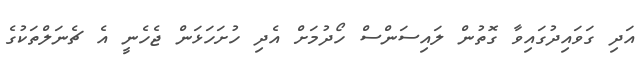
އަދި ގަވައިދުގައިވާ ގޮތުން ލައިސަންސް ހޯދުމަށް އެދި ހުށަހަޅަން ޖެހެނީ އެ ޗެނަލްތަކުގެ